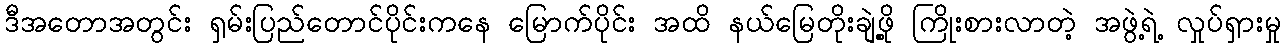
ဒီအတောအတွင်း ရှမ်းပြည်တောင်ပိုင်းကနေ မြောက်ပိုင်း အထိ နယ်မြေတိုးချဲ့ဖို့ ကြိုးစားလာတဲ့ အဖွဲ့ရဲ့ လှုပ်ရှားမှု